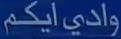
وادي ايكم